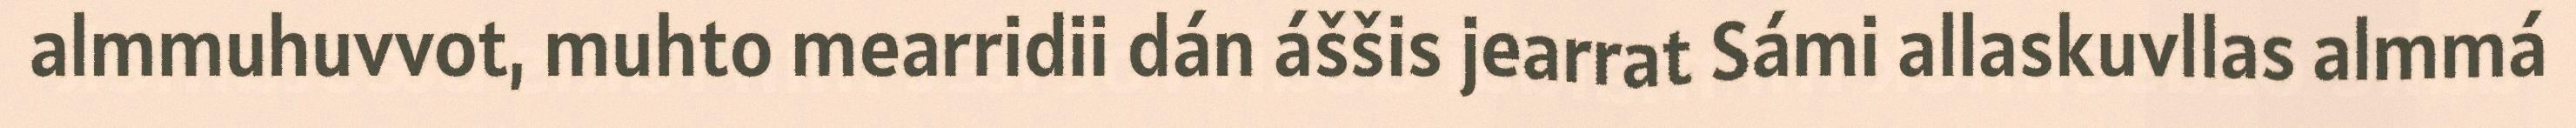
almmuhuvvot, muhto mearridii dán áššis jearrat Sámi allaskuvllas almmá